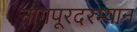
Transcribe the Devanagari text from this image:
नागपूरदरम्यान